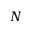
N